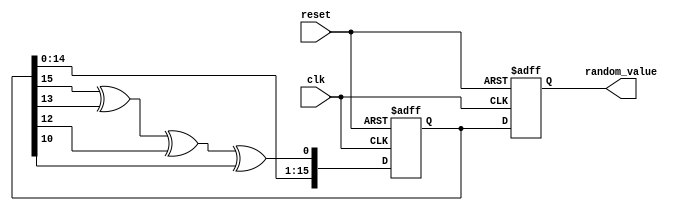
module random_init (
    input wire clk,                // Clock signal
    input wire reset,              // Asynchronous reset signal
    output reg [15:0] random_value // Random value output (16-bits wide as an example)
);

    // Internal variables
    reg [15:0] lfsr; // LFSR register for random value generation
    wire feedback;    // Feedback bit for LFSR

    // LFSR feedback polynomial (for example: x^16 + x^14 + x^13 + x^11 + 1)
    assign feedback = lfsr[15] ^ lfsr[13] ^ lfsr[12] ^ lfsr[10];

    // Random value generation process
    always @(posedge clk or posedge reset) begin
        if (reset) begin
            // Reset the LFSR and random value on reset
            lfsr <= 16'hACE1; // Initialize with a non-zero seed
            random_value <= 16'b0;
        end else begin
            // Shift and generate the next random value
            lfsr <= {lfsr[14:0], feedback};
            random_value <= lfsr; // Assign current LFSR value to output
        end
    end

endmodule